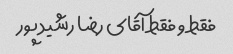
فقط و فقط آقای رضا رشید پور